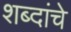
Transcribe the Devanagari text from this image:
शब्दांंचे